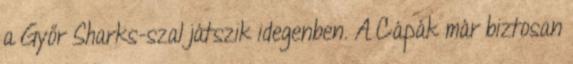
a Győr Sharks-szal játszik idegenben. A Cápák már biztosan